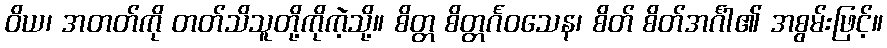
ဝိယ၊ အတတ်ကို တတ်သိသူတို့ကိုကဲ့သို့။ စိတ္တ စိတ္တင်္ဂဝသေန၊ စိတ် စိတ်အင်္ဂါ၏ အစွမ်းဖြင့်။